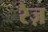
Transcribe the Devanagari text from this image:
रैज़